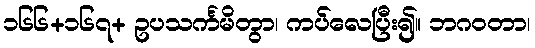
၁၆၆+၁၆၇+ ဥပသင်္ကမိတွာ၊ ကပ်လေပြီး၍။ ဘဂဝတာ၊